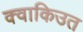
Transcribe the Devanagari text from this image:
क्वाकिउत